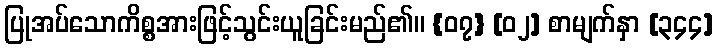
ပြုအပ်သောကိစ္စအားဖြင့်သွင်းယူခြင်းမည်၏။ {၀၇} [၀၂] စာမျက်နှာ [၃၄၄]